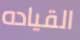
القياده